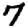
Digit: 7